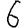
Digit: 6